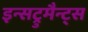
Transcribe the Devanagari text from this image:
इन्सट्रुमैन्ट्स